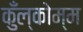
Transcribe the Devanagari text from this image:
कुँल्कोम्म